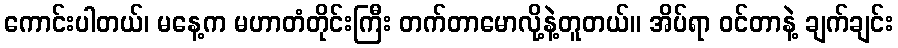
ကောင်းပါတယ်၊ မနေ့က မဟာတံတိုင်းကြီး တက်တာမောလို့နဲ့တူတယ်။ အိပ်ရာ ဝင်တာနဲ့ ချက်ချင်း